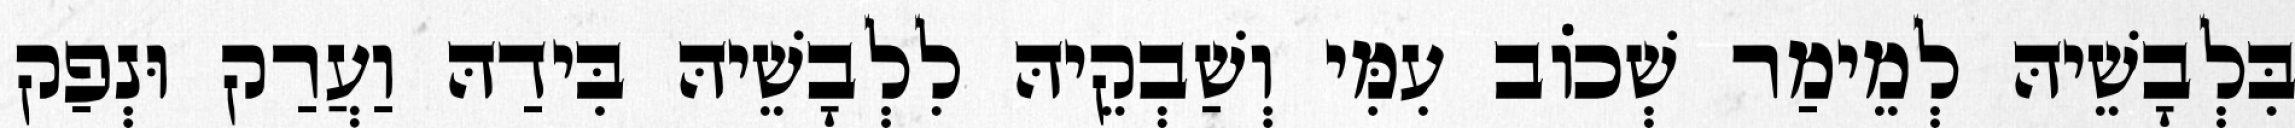
בִּלְבָשֵׁיהּ לְמֵימַר שְׁכוֹב עִמִּי וְשַׁבְקֵיהּ לִלְבָשֵׁיהּ בִּידַהּ וַעֲרַק וּנְפַק